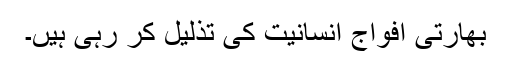
بھارتی افواج انسانیت کی تذلیل کر رہی ہیں۔